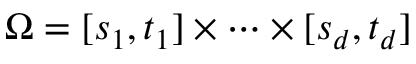
\Omega = [ s _ { 1 } , t _ { 1 } ] \times \cdots \times [ s _ { d } , t _ { d } ]